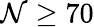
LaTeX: \mathcal{N}\ge70